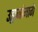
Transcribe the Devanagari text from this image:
उड्डाणांमागे